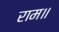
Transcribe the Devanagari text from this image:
राम॥